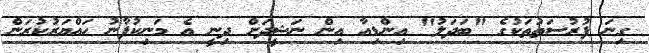
ގިނަ ފުރުސަތުތަކުގެ "ބަދަލު" އިންޑިއާ އިން ނަޝީދަށް ދިނީ އެ މަނިކުފާނު ހައްޔަރުކުރަން